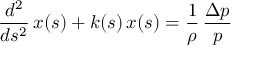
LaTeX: { \frac { d ^ { 2 } } { d s ^ { 2 } } } \, x ( s ) + k ( s ) \, x ( s ) = { \frac { 1 } { \rho } } \, { \frac { \Delta p } { p } }